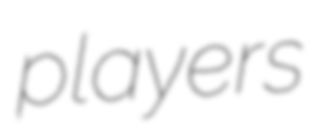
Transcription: players